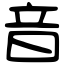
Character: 音